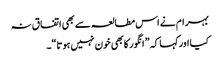
بہر ام نے اس مطالعہ سے بھی اتفا ق نہ
کیا اورکہا کہ ” انگور کابھی خون نہیں ہوتا“۔